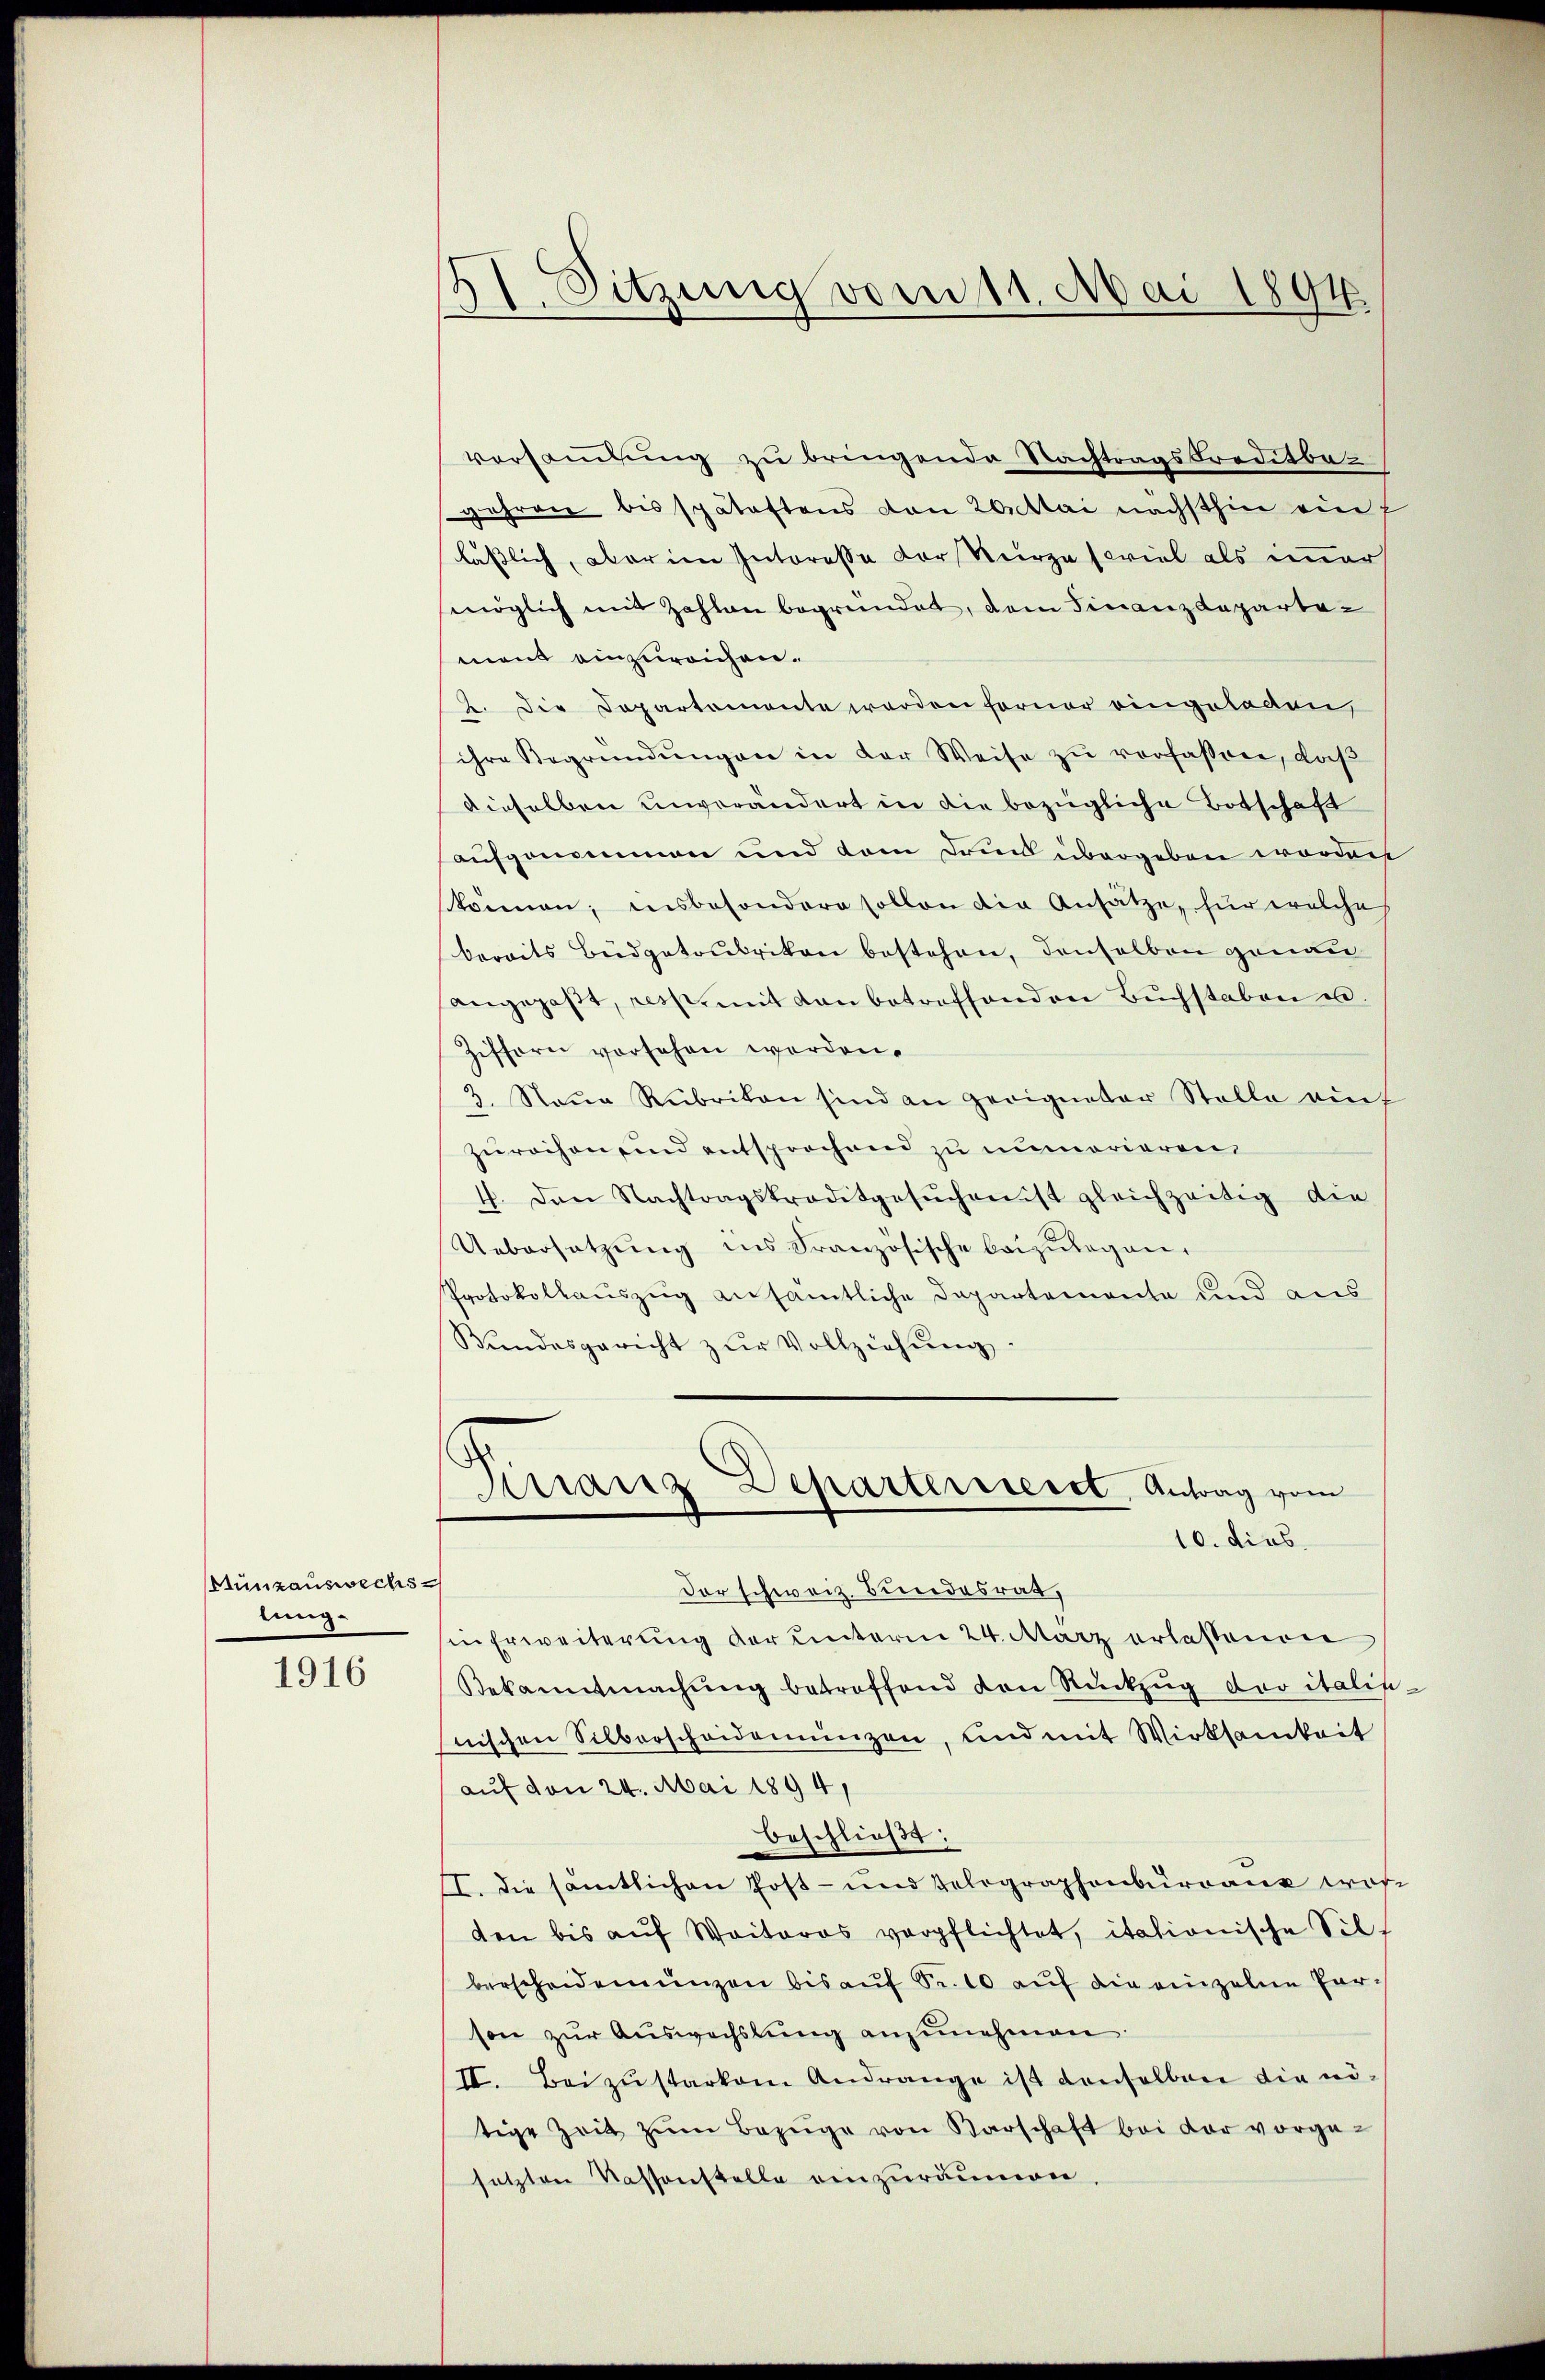
Sünzauswechslung.

1916

21. Sitzung vom 11. Mai 1894.

versammlung zu bringende Nachtragskreditbejahren bis spätestens von 20 Mai nächsthin ein f
läßlich, aber im Interesse der Kurze soviel als immer
möglich mit Zahlen begründet, dem Finanzdepartament einzureichen.
2. Die Departemente werden ferner eingeladen,
ihre Begründŭngen in der Weise zu verfassen, daß
dieselben unverändert in die bezügliche Botschaft
aufgenommen und dem Druck übergeben worden
krinnen, insbesondere sollen die Ansätze, für welche
bereits Büdgetoubrikon bestehen, denselben genau
angepaßt, ress, mit von betreffenden Buchstaben i
Ziffern vorsehen worden.
3. Naŭe Rubrikon sind an geeigneter Stelle ein
zŭrechen sind entsprochend zu unmorieren,
4. Den Nachtragskreditgesŭchen ist gleichzeitig die
Uebersetzŭng ins Französische beizŭlegen,
Protokollauszug ansämtliche Departemente und aus
Bŭndesgericht zŭr Vollziehŭng.
Finanz Departerrierst, Antrag vom
10. dies
Der schweiz. Bundesrat,
in Erweiterung der unterm 24. März erlassenen
Bekanntmachŭng betroffend von Rückzug das italin
nischen Silberscheidenŭngen, und mit Wirksamkeit
auf den 24. Mai 1894/
beschließt:
II. Die sämtlichen Post- und Telegraphenbureaus was
den bis aŭf Weiteres verpflichtet, itationische Silberscheidenŭngen bis aŭf S. 10 aŭf die einzelne Parson zur Auswechslung anzunehmen.
II. Beizŭstarken. Andrange ist denselben die nötige Zeit zŭm Bezüge von Barschaft bei der vorge-
setzten Passonstelle einzuräumen